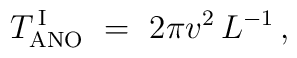
T_{\rm ANO}^{\, \rm I}\ =\ {2\pi v^2}\, L^{-1}\,,